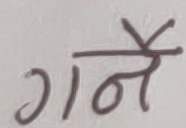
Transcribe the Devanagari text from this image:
गर्ने